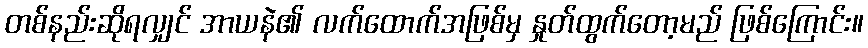
တစ်နည်းဆိုရလျှင် အာယနဲ၏ လက်ထောက်အဖြစ်မှ နှုတ်ထွက်တော့မည် ဖြစ်ကြောင်း။